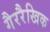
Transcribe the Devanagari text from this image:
गैररैखिक